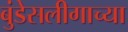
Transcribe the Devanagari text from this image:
बुंडेसलीगाच्या